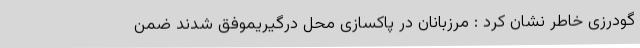
گودرزی خاطر نشان کرد : مرزبانان در پاکسازی محل درگیریموفق شدند ضمن